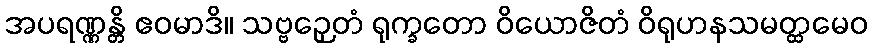
အပရဏ္ဏန္တိ ဧဝမာဒိ။ သဗ္ဗဉှေတံ ရုက္ခတော ဝိယောဇိတံ ဝိရုဟနသမတ္ထမေဝ